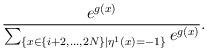
LaTeX: \begin{align*}\frac{e^{g(x)}}{\sum_{\{x\in\{ i+2,\dots,2N\}\mid\eta^1(x)=-1 \}} e^{g(x)}}.\end{align*}